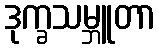
ဒုက္ခသမ္ဘူတာ